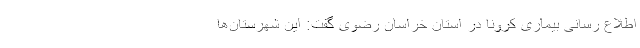
اطلاع رسانی بیماری کرونا در استان خراسان رضوی گفت: این شهرستان‌ها